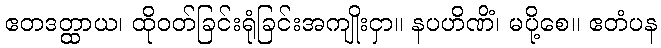
ဧတဒတ္ထာယ၊ ထိုဝတ်ခြင်းရုံခြင်းအကျိုးငှာ။ နပဟိဏိံ၊ မပို့စေ။ ဧတံပန